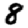
Digit: 8